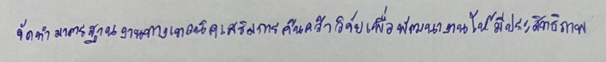
จัดทำมาตรฐานงานทางเทคนิคเสริมการค้นคว้าวิจัยเพื่อพัฒนางานให้มีประสิทธิภาพ